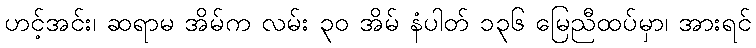
ဟင့်အင်း၊ ဆရာမ အိမ်က လမ်း ၃၀ အိမ် နံပါတ် ၁၃၆ မြေညီထပ်မှာ၊ အားရင်